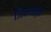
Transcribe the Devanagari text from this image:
जिनधर्म